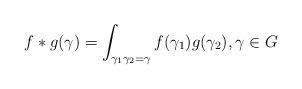
LaTeX: \begin{align*} f*g(\gamma)=\int_{\gamma_1\gamma_2=\gamma}f(\gamma_1)g(\gamma_2), \gamma\in G\end{align*}